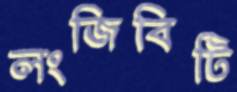
লংজিবিটি